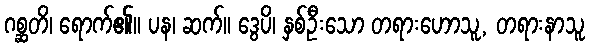
ဂစ္ဆတိ၊ ရောက်၏။ ပန၊ ဆက်။ ဒွေပိ၊ နှစ်ဦးသော တရားဟောသူ, တရားနာသူ